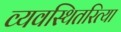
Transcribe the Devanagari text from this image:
व्यवस्थितरित्या